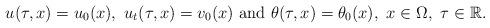
LaTeX: \begin{align*}u(\tau,x)=u_0(x),\ u_t(\tau,x)=v_0(x)\ \mbox{and}\ \theta(\tau,x)=\theta_0(x),\ x\in\Omega,\ \tau\in\mathbb{R}.\end{align*}